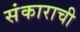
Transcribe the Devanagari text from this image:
संकाराची